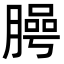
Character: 㬽